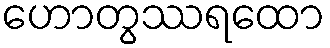
ဟောတွဿရထော